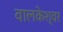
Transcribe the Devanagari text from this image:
वालकेश्वर